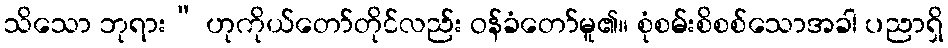
သိသော ဘုရား” ဟုကိုယ်တော်တိုင်လည်း ဝန်ခံတော်မူ၏။ စုံစမ်းစိစစ်သောအခါ ပညာရှိ